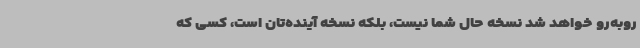
روبه‌رو خواهد شد نسخه حال شما نیست، بلکه نسخه آینده‌تان است، کسی که